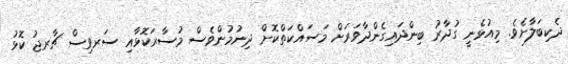
ދެކިބަލާށެވެ. މިއުޅެނީ ގުދާރު ބިންދައިގެންދާވަރަށް މަސައްކަތްކޮށް ދިނުމުންވެސް މުސާރަކޮޅާއި ސަރވިސް ޗާރޖު ކޮޅު